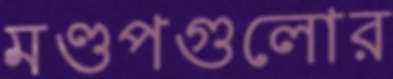
মণ্ডপগুলোর